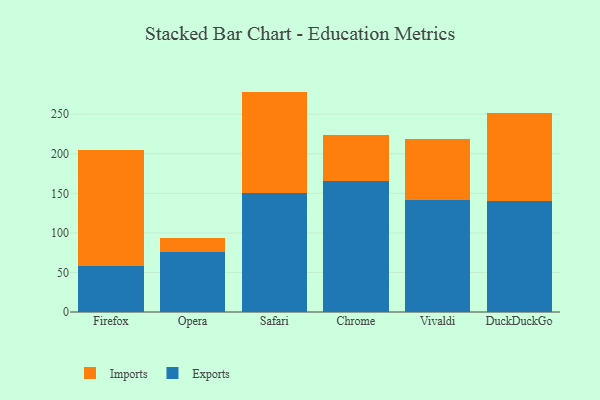
{"axis": {"x": "Browser", "y": "LTV (USD)"}, "legend": ["Exports", "Imports"], "data": [{"x": "Firefox", "y": 58.3, "type": "Exports"}, {"x": "Firefox", "y": 147.1, "type": "Imports"}, {"x": "Opera", "y": 75.6, "type": "Exports"}, {"x": "Opera", "y": 18.4, "type": "Imports"}, {"x": "Safari", "y": 149.9, "type": "Exports"}, {"x": "Safari", "y": 128.7, "type": "Imports"}, {"x": "Chrome", "y": 166.0, "type": "Exports"}, {"x": "Chrome", "y": 57.3, "type": "Imports"}, {"x": "Vivaldi", "y": 142.0, "type": "Exports"}, {"x": "Vivaldi", "y": 76.9, "type": "Imports"}, {"x": "DuckDuckGo", "y": 140.5, "type": "Exports"}, {"x": "DuckDuckGo", "y": 110.9, "type": "Imports"}]}